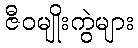
ဇီဝမျိုးကွဲများ